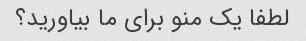
لطفا یک منو برای ما بیاورید؟